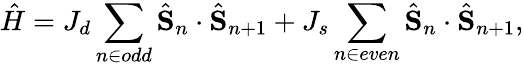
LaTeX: \hat{H}=J_{d}\sum_{n\in odd}\hat{\textbf{S}}_{n}\cdot\hat{{\textbf{S}}}_{n+1}+J_{s}\sum_{n\in even}\hat{\textbf{S}}_{n}\cdot\hat{\textbf{S}}_{n+1},